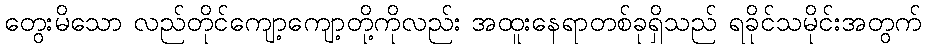
တွေးမိသော လည်တိုင်ကျော့ကျော့တို့ကိုလည်း အထူးနေရာတစ်ခုရှိသည် ရခိုင်သမိုင်းအတွက်